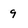
Character: 9